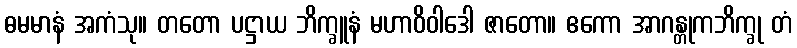
ဓမမာနံ အကံသု။ တတော ပဋ္ဌာယ ဘိက္ခူနံ မဟာဝိဝါဒေါ ဇာတော။ ဧကော အာဂန္တုကဘိက္ခု တံ